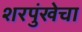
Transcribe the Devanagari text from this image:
शरपुंखेचा